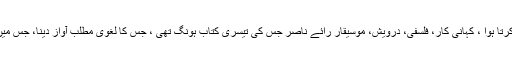
دل اور ضمیر کی آواز پہ شاعری کرتا ہوا ، کہانی کار، فلسفی، درویش، موسیقار رائے ناصر جس کی تیسری کتاب ہونگ تھی ، جس کا لغوی مطلب آواز دینا، جس میں ختم ہوتی ہوئی اصناف پہ کام ہے۔